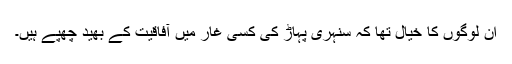
ان لوگوں کا خیال تھا کہ سنہری پہاڑ کی کسی غار میں آفاقیت کے بھید چھپے ہیں۔